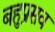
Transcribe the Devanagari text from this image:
बहुप्रसव